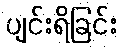
ပျင်းရိခြင်း